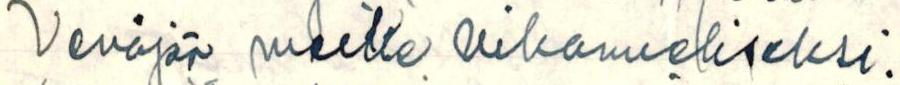
Venäjän meille vihamieliseksi.